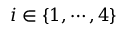
i \in \{ 1 , \cdots , 4 \}